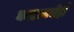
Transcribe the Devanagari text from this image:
काढायचेही